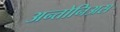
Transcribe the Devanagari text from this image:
अन्तोनिअस